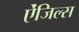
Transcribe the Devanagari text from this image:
ऐंजिल्‍स